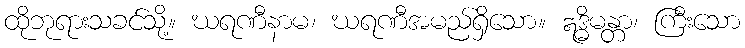
ထိုဘုရားသခင်သို့။ ဃရဏီနာမ၊ ဃရဏီအမည်ရှိသော။ ဣဒ္ဓိမန္တာ၊ ကြီးသော